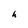
Character: h